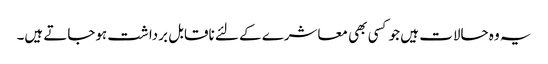
یہ وہ حالات ہیں جو کسی بھی معاشرے کے لئے ناقابل برداشت ہوجاتے ہیں۔